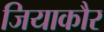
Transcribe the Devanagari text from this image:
जियाकौर